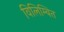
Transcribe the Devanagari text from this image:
विलिम्बित